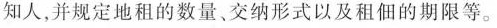
知人，并规定地租的数量、交纳形式以及租佃的期限等。